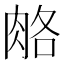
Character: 𦛃